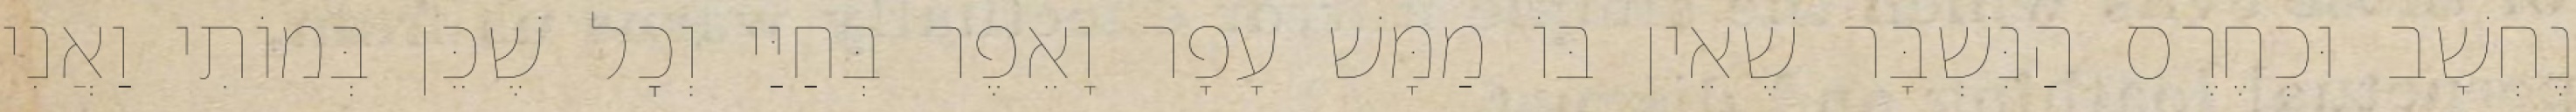
נֶחְשָׁב וּכְחֶרֶס הַנִּשְׁבָּר שֶׁאֵין בּוֹ מַמָּשׁ עָפָר וָאֵפֶר בְּחַיַּי וְכׇל שֶׁכֵּן בְּמוֹתִי וַאֲנִי